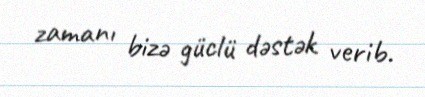
zamanı bizə güclü dəstək verib.